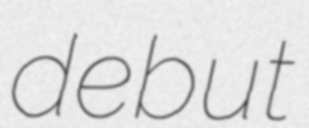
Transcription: debut